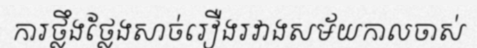
ការថ្លឹងថ្លែងសាច់រឿងរវាងសម័យកាលចាស់